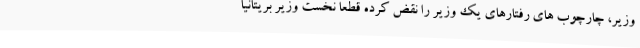
وزیر، چارچوب های رفتارهای یک وزیر را نقض کرده قطعا نخست وزیر بریتانیا